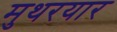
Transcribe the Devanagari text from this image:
मुथरयार